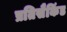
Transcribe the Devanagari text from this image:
प्रतिसैकिंड